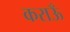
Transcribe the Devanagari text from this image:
कराऊँ